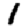
Digit: 1